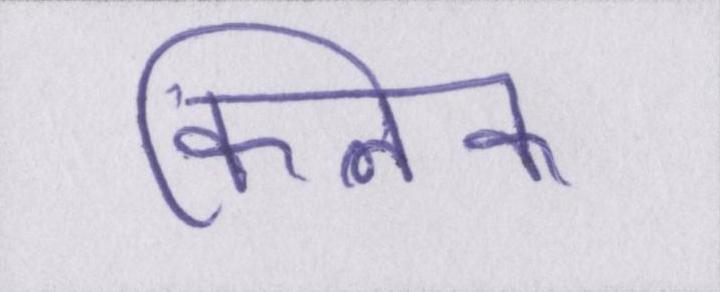
क्लिक